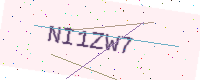
Text: NI1ZW7